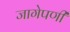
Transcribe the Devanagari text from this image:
जागेपणी